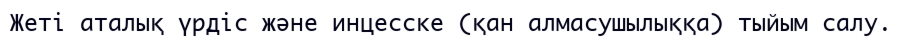
Жеті аталық үрдіс және инцесске (қан алмасушылыққа) тыйым салу.